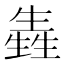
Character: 㽓